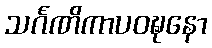
သင်္ဂဏိကာပဝဍ္ဎနော